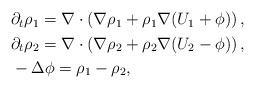
LaTeX: \begin{align*}\begin{aligned}& \partial_t \rho_1=\nabla \cdot \left(\nabla \rho_1+\rho_1\nabla (U_1+\phi)\right),\\& \partial_t \rho_2=\nabla \cdot \left(\nabla \rho_2+\rho_2\nabla(U_2-\phi)\right),\\& -\Delta \phi=\rho_1-\rho_2,\end{aligned}\end{align*}